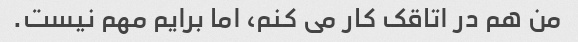
من هم در اتاقک کار می کنم، اما برایم مهم نیست.